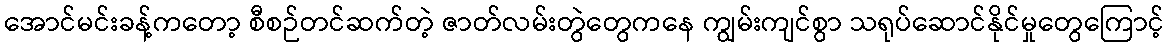
အောင်မင်းခန့်ကတော့ စီစဉ်တင်ဆက်တဲ့ ဇာတ်လမ်းတွဲတွေကနေ ကျွမ်းကျင်စွာ သရုပ်ဆောင်နိုင်မှုတွေကြောင့်